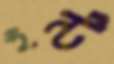
ইন্ট